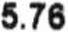
5.76